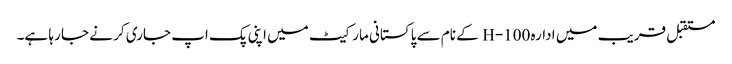
مستقبل قریب میں ادارہ H-100 کے نام سے پاکستانی مارکیٹ میں اپنی پک اپ جاری کر نے جا رہا ہے۔